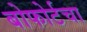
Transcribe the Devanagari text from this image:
बोफोर्टचा